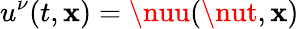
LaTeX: u^{\nu}(t,\mathbf{x})=\nuu(\nut,\mathbf{x})